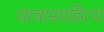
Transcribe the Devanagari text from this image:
यात्रासाहित्य